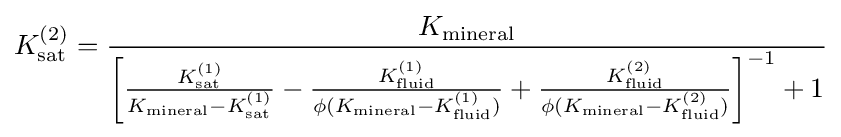
K_{\mathrm {sat} }^{(2)}={\frac {K_{\mathrm {mineral} }}{\left[{{\frac {K_{\mathrm {sat} }^{(1)}}{K_{\mathrm {mineral} }-K_{\mathrm {sat} }^{(1)}}}-{\frac {K_{\mathrm {fluid} }^{(1)}}{\phi (K_{\mathrm {mineral} }-K_{\mathrm {fluid} }^{(1)})}}+{\frac {K_{\mathrm {fluid} }^{(2)}}{\phi (K_{\mathrm {mineral} }-K_{\mathrm {fluid} }^{(2)})}}}\right]^{-1}+1}}